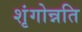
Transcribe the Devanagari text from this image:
शृंगोन्नति